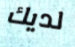
لديك